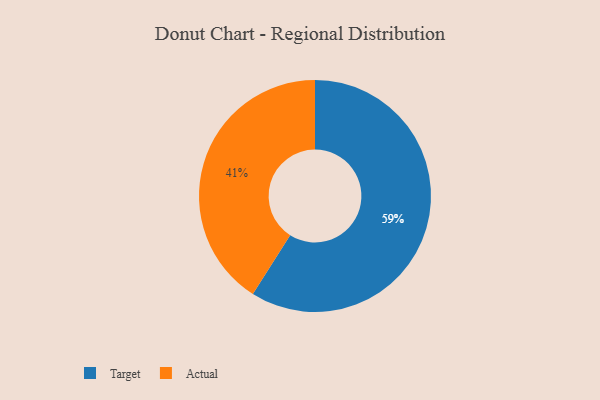
{"axis": {"x": "Category", "y": "Percentage"}, "legend": ["Actual", "Target"], "data": [{"x": "Actual", "y": 41, "type": "Actual"}, {"x": "Target", "y": 59, "type": "Target"}]}